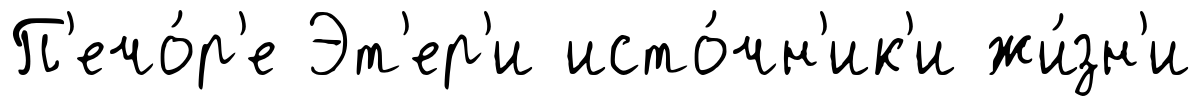
П'ечо́р'е Эт'ер'и исто́чн'ик'и жи́зн'и